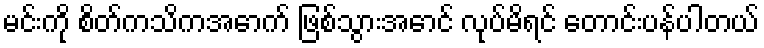
မင်းကို စိတ်ကသိကအောက် ဖြစ်သွားအောင် လုပ်မိရင် တောင်းပန်ပါတယ်